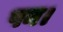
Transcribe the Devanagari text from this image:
पन।